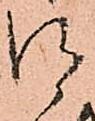
御